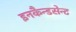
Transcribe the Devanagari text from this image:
इनकैन्डसेन्ट